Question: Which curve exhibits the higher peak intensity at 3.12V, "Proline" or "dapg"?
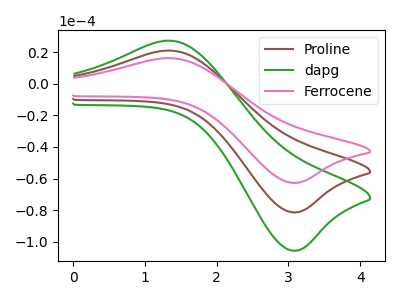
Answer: <think>The brown curve "Proline" has an anodic peak at (1.35V, 20.95uA) and a cathodic peak at (3.10V, -81.35uA). The green curve "dapg" has an anodic peak at (1.35V, 41.95uA) and a cathodic peak at (3.10V, -162.70uA). The pink curve "Ferrocene" has an anodic peak at (1.35V, 16.15uA) and a cathodic peak at (3.10V, -62.70uA).</think>
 <answer>The peak at 3.12V is lower in "Proline" than in "dapg".</answer>
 <eval>lower</eval>